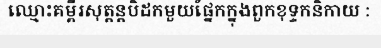
ឈ្មោះគម្ពីរសុត្តន្តបិដកមួយផ្នែកក្នុងពួកខុទ្ទកនិកាយ :